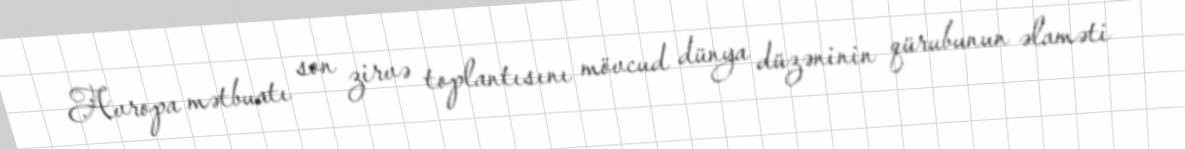
Avropa mətbuatı son zirvə toplantısını mövcud dünya düzəninin qürubunun əlaməti